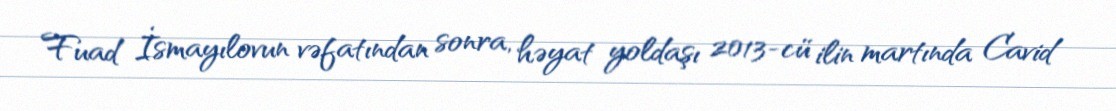
Fuad İsmayılovun vəfatından sonra, həyat yoldaşı 2013-cü ilin martında Cavid